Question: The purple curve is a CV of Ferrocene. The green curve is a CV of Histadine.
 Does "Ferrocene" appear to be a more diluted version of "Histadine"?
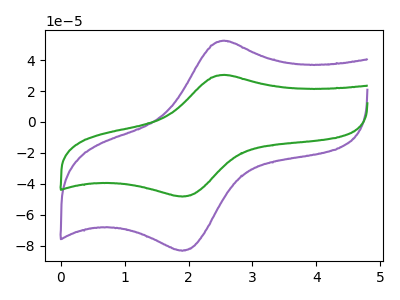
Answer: <think>The purple curve "Ferrocene" has an anodic peak at (2.60V, 52.35uA) and a cathodic peak at (1.90V, -83.25uA). The green curve "Histadine" has an anodic peak at (2.60V, 30.30uA) and a cathodic peak at (1.90V, -48.20uA).
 All the peaks in "Ferrocene" have a peak in "Histadine" at the same potential. Every peak in "Ferrocene" is higher than every peak in "Histadine".</think>
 <answer>"Ferrocene" has more signal than "Histadine" and so likely has a higher concentration.</answer>
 <eval>more_concentration</eval>